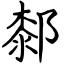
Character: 䣛